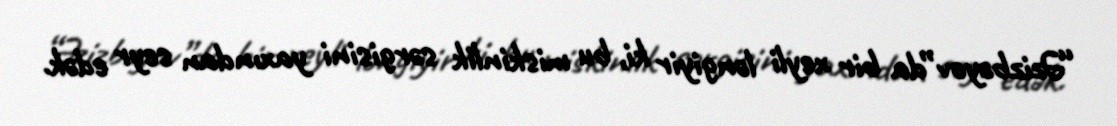
“Əzizbəyov”da bir xeyli ləngiyir ki, bu miskinlik sərgisini yaxından seyr edək.